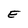
Character: E